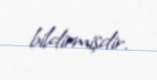
bildirmişdir.